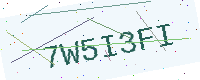
Text: 7W5I3FI